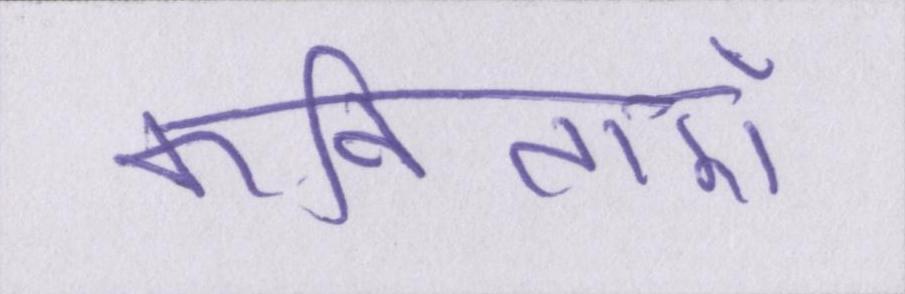
कविताएँ